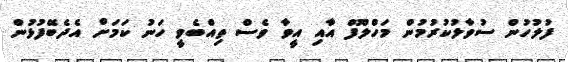
ފުލުހުން ސުވާލުކުރުމުން މަހްލޫފް އާއި އީވާ ވެސް ތިއްބެވީ ހަނު ކަމަށް އެދެބޭފުޅުން